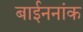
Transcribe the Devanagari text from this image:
बाईननांक